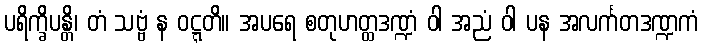
ပရိက္ခိပန္တိ၊ တံ သဗ္ဗံ န ဝဋ္ဋတိ။ အပရေ စတုဟတ္ထဒဏ္ဍံ ဝါ အညံ ဝါ ပန အလင်္ကတဒဏ္ဍကံ